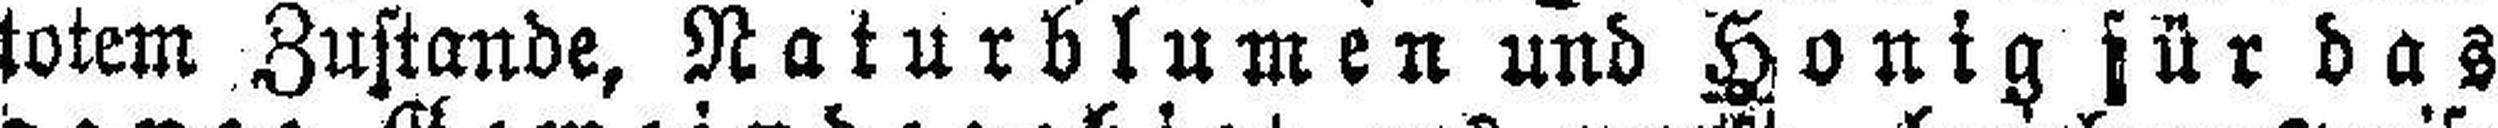
totem Zustande, Naturblumen und Honig für das